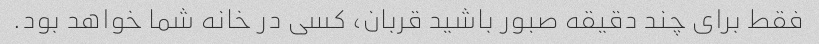
فقط برای چند دقیقه صبور باشید قربان، کسی در خانه شما خواهد بود.